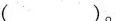
( )。